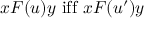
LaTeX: x F ( u ) y { \mathrm { ~ i f f ~ } } x F ( u ^ { \prime } ) y